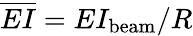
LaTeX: \overline{{EI}}=EI_{\mathrm{beam}}/R